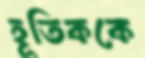
হূতিককে